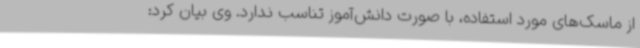
از ماسک‌های مورد استفاده، با صورت دانش‌آموز تناسب ندارد. وی بیان کرد: